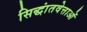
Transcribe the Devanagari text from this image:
सिद्धांतवेत्ताओं